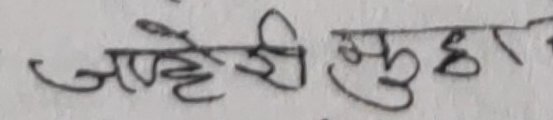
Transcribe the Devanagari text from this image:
जाहेरी नुहा